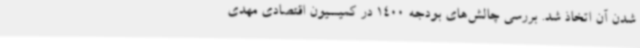
شدن آن اتخاذ شد. بررسی چالش‌های بودجه 1400 در کمیسیون اقتصادی مهدی